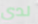
لدي